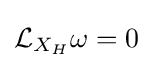
{\mathcal {L}}_{X_{H}}\omega =0